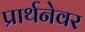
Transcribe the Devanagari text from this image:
प्रार्थनेवर